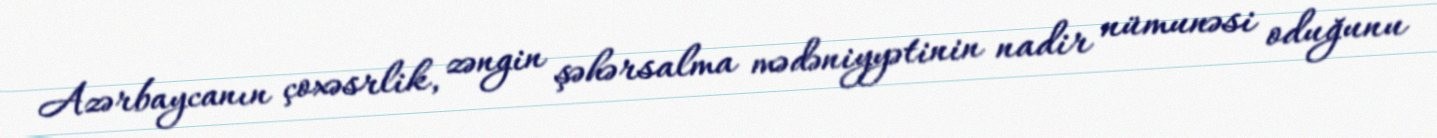
Azərbaycanın çoxəsrlik, zəngin şəhərsalma mədəniyyətinin nadir nümunəsi oduğunu